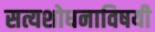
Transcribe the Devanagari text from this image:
सत्यशोधनाविषयी